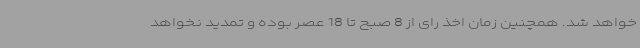
خواهد شد. همچنین زمان اخذ رای از 8 صبح تا 18 عصر بوده و تمدید نخواهد